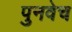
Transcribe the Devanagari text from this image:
पुनवेच